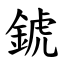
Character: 錿